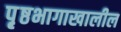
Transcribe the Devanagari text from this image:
पृ़ष्ठभागाखालील